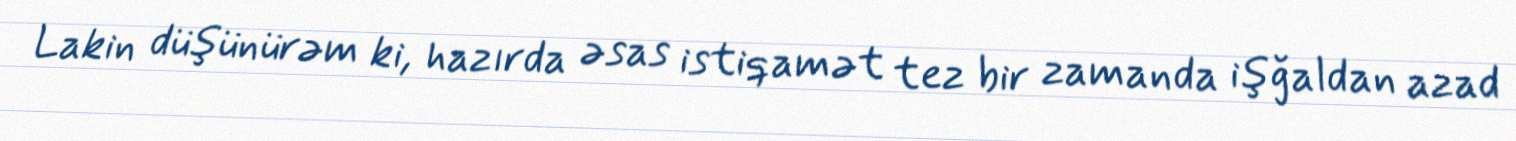
Lakin düşünürəm ki, hazırda əsas istiqamət tez bir zamanda işğaldan azad